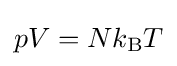
pV=Nk_{\text{B}}T